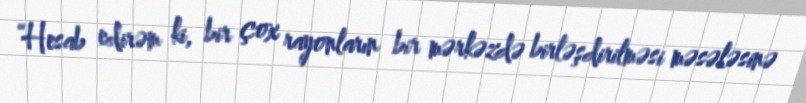
“Hesab edirəm ki, bir çox rayonların bir mərkəzdə birləşdirilməsi məsələsinə